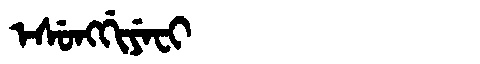
Manchu: ᡝᠰᡠᠩᡤᡳᠶᡝᠸᡳ
Romanization: ESUNGGIYEFI